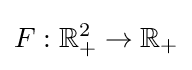
F:\mathbb {R} _{+}^{2}\to \mathbb {R} _{+}